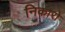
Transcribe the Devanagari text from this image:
निकारो